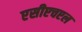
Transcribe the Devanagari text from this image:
एसीएचएल